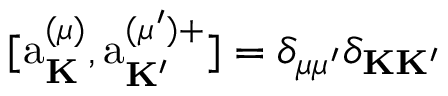
[ \mathrm { a } _ { \bf K } ^ { ( \mu ) } , \mathrm { a } _ { \bf K ^ { \prime } } ^ { ( \mu ^ { \prime } ) + } ] = \delta _ { \mu \mu ^ { \prime } } \delta _ { { \bf K } { \bf K ^ { \prime } } }